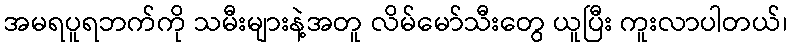
အမရပူရဘက်ကို သမီးများနဲ့အတူ လိမ်မော်သီးတွေ ယူပြီး ကူးလာပါတယ်၊